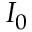
I _ { 0 }